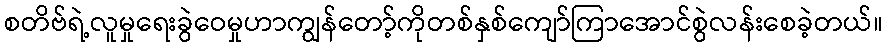
စတိဗ်ရဲ့လူမှုရေးခွဲဝေမှုဟာကျွန်တော့်ကိုတစ်နှစ်ကျော်ကြာအောင်စွဲလန်းစေခဲ့တယ်။